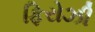
ફિરોઝી